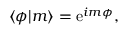
\begin{array} { r } { \langle \phi | m \rangle = \mathrm { e } ^ { i m \phi } , } \end{array}